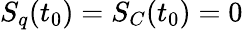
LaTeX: S_{q}(t_{0})=S_{C}(t_{0})=0